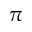
\pi